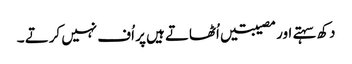
دکھ سہتے اور مصیبتیں اُٹھاتے ہیں پر اُف نہیں کرتے ۔